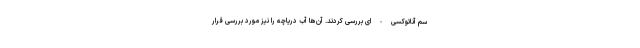
سم آناتوکسی-ای بررسی کردند. آن‌ها آب دریاچه را نیز مورد بررسی قرار